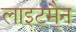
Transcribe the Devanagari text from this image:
लाइटमैन